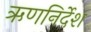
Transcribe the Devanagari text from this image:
ऋणनिर्देश